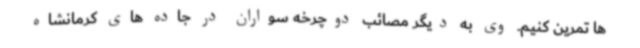
ها تمرین کنیم. وی به دیگر مصائب دوچرخه سواران در جاده های کرمانشاه